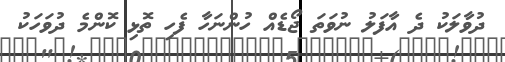
ދުވާލަކު ދެ އާފަލު ނުވަތަ ޖޯޑެއް ހުންނަހާ ފެހި ތޮޅި ކޮންމެ ދުުވަހަކު